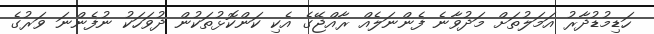
ހަޑިމުޑުދާރު އަމަލުތަށް މަދުވާނެ ފެންނަލެއް ރާއްޖޭގެ އެކި ކަންކޮޅުތަކުން ދުވަަހަކު ނުފެންނަ ވަރުގެ